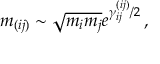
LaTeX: m _ { ( i j ) } \sim \sqrt { m _ { i } m _ { j } } e ^ { \gamma _ { i j } ^ { ( i j ) } / 2 } \, ,